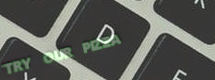
TRY OUR PIZZA